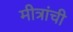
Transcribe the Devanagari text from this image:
मीत्रांची